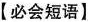
【必会短语】